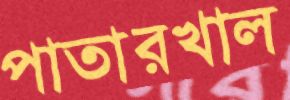
পাতারখাল